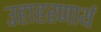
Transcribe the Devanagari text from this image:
उहाहरणार्थ